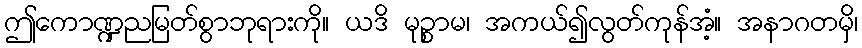
ဤကောဏ္ဍညမြတ်စွာဘုရားကို။ ယဒိ မုဉ္စာမ၊ အကယ်၍လွတ်ကုန်အံ့။ အနာဂတမှိ၊